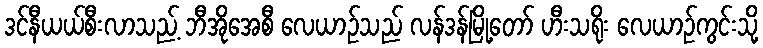
ဒင်နီယယ်စီးလာသည့် ဘီအိုအေစီ လေယာဉ်သည် လန်ဒန်မြို့တော် ဟီးသရိုး လေယာဉ်ကွင်းသို့